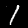
Label: 1